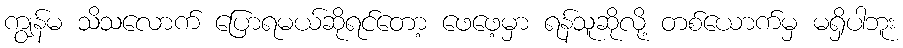
ကျွန်မ သိသလောက် ပြောရမယ်ဆိုရင်တော့ ဖေဖေ့မှာ ရန်သူဆိုလို့ တစ်ယောက်မှ မရှိပါဘူး